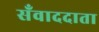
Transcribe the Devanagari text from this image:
सँवाददाता